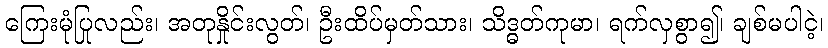
ကြေးမုံပြုလည်း၊ အတုနှိုင်းလွတ်၊ ဦးထိပ်မှတ်သား၊ သိဒ္ဓတ်ကုမာ၊ ရက်လှစွာ၍၊ ချစ်မပါငဲ့၊